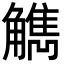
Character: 觹